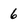
Character: 6